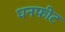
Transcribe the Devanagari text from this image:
घनफीट